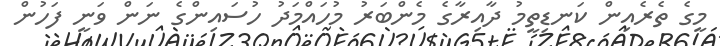
މީގެ ތެރެއިން ކަނޑިތީމު ދާއިރާގެ މެންބަރު މުހައްމަދު ހުސައިންގެ ނަން ވަނީ ފަހުން